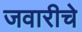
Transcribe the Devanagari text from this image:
जवारीचे